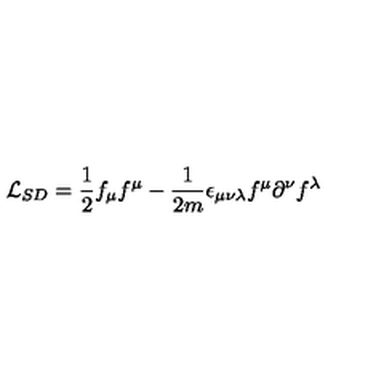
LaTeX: { \cal L } _ { S D } = \frac { 1 } { 2 } f _ { \mu } f ^ { \mu } - \frac { 1 } { 2 m } \epsilon _ { \mu \nu \lambda } f ^ { \mu } \partial ^ { \nu } f ^ { \lambda }